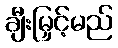
ချီးမြှင့်မည်